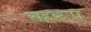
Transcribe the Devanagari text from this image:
सहरूप